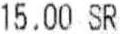
15.00 SR